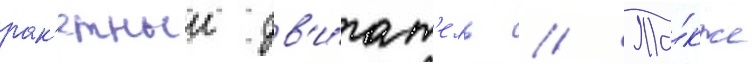
рак'етныи дв'и́гат'ель // Та́кже